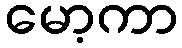
မော့ကာ